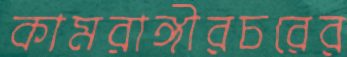
কামরাঙ্গীরচরের